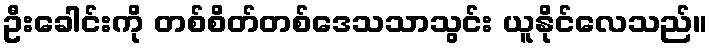
ဦးခေါင်းကို တစ်စိတ်တစ်ဒေသသာသွင်း ယူနိုင်လေသည်။